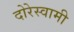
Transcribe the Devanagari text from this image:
दोरेस्वामी